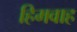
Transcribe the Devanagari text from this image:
हिमवाह